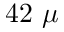
4 2 \ \mu